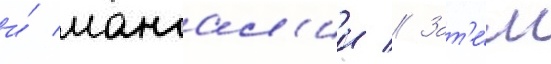
и́ мангал'ии // Зат'е́м